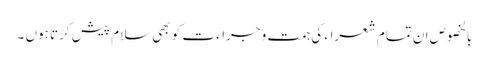
بالخصوص ان تمام شعراء کی ہمت و جراءت کو بھی سلام پیش کرتا ہوں ۔